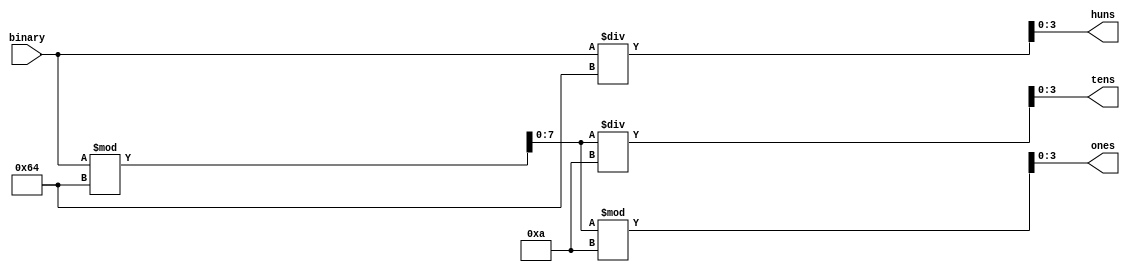
/***** Obarey Inc. *****/   
module binary_to_bcd(binary,huns,tens,ones);
	input [7:0] binary;
	output reg [3:0] huns, tens, ones;
	reg [7:0] bcd_data=0;
	
	always @ (binary)
		begin
			bcd_data = binary;
			huns = bcd_data / 100;
			bcd_data = bcd_data % 100;
			tens = bcd_data / 10;
			ones = bcd_data % 10;
		end
endmodule